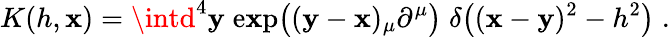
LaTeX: K(h,\mathbf{x})=\intd^{4}\mathbf{y}\; \mathrm{{e\mathbf{x}p}}\big((\mathbf{y}-\mathbf{x})_{\mu}\partial^{\mu}\big)\; \delta\big((\mathbf{x}-\mathbf{y})^{2}-h^{2}\big)\; .